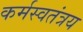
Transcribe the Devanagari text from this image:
कर्मस्वतंत्रय